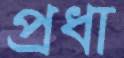
প্রধা